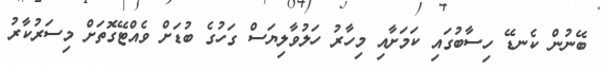
ބޭނުން ކެނޑޭ ހިސާބުގައި ކަމަށާއި މިހާރު ހަލުވާލިޔަސް ގަހުގެ ބުޑަށް ވެއްޓޭގޮތަށް މިސަރުކާރު